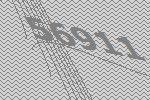
56911